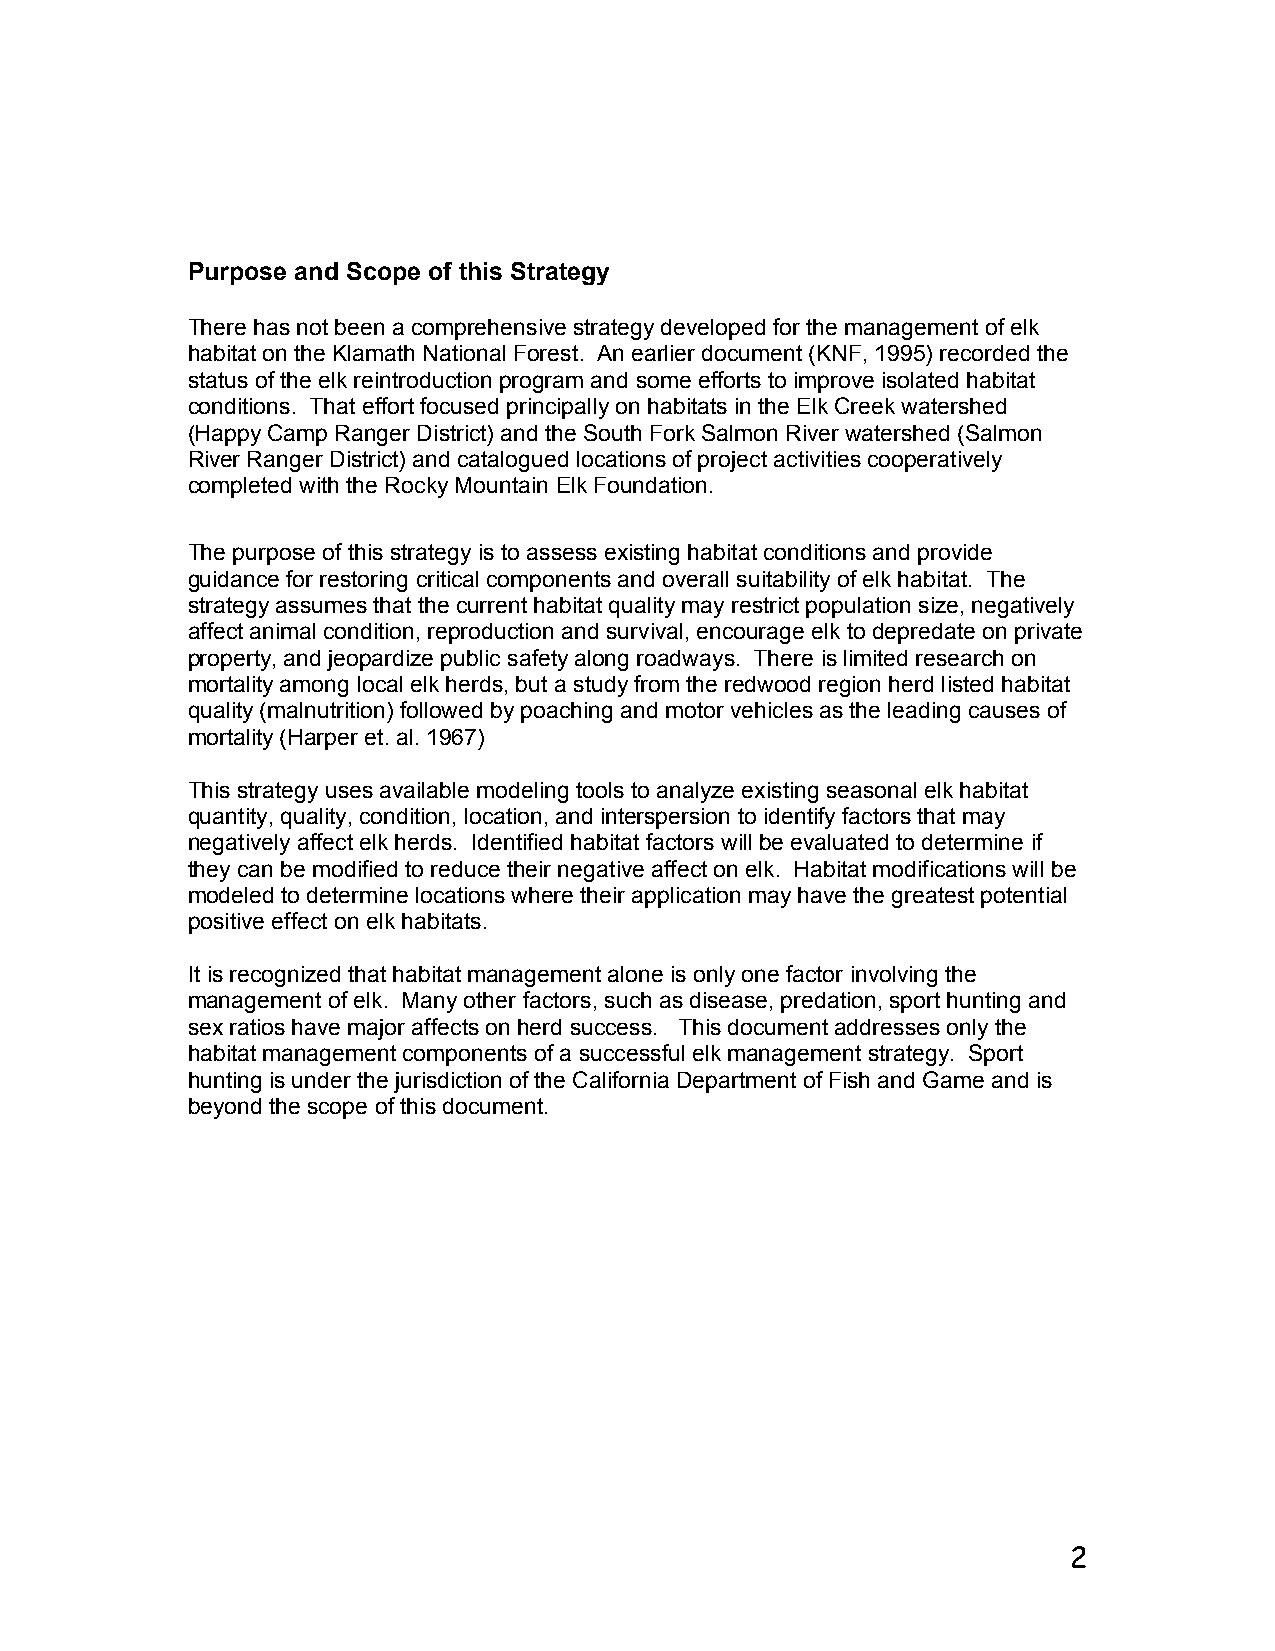
Purpose and Scope of this Strategy
 There has not been a comprehensive strategy developed for the management of elk
 habitat on the Klamath National Forest. An earlier document (KNF, 1995) recorded the
 status of the elk reintroduction program and some efforts to improve isolated habitat
 conditions. That effort focused principally on habitats in the Elk Creek watershed
 (Happy Camp Ranger District) and the South Fork Salmon River watershed (Salmon
 River Ranger District) and catalogued locations of project activities cooperatively
 completed with the Rocky Mountain Elk Foundation.
 The purpose of this strategy is to assess existing habitat conditions and provide
 guidance for restoring critical components and overall suitability of elk habitat. The
 strategy assumes that the current habitat quality may restrict population size, negatively
 affect animal condition, reproduction and survival, encourage elk to depredate on private
 property, and jeopardize public safety along roadways. There is limited research on
 mortality among local elk herds, but a study from the redwood region herd listed habitat
 quality (malnutrition) followed by poaching and motor vehicles as the leading causes of
 mortality (Harper et. al. 1967)
 This strategy uses available modeling tools to analyze existing seasonal elk habitat
 quantity, quality, condition, location, and interspersion to identify factors that may
 negatively affect elk herds. Identified habitat factors will be evaluated to determine if
 they can be modified to reduce their negative affect on elk. Habitat modifications will be
 modeled to determine locations where their application may have the greatest potential
 positive effect on elk habitats.
 It is recognized that habitat management alone is only one factor involving the
 management of elk. Many other factors, such as disease, predation, sport hunting and
 sex ratios have major affects on herd success. This document addresses only the
 habitat management components of a successful elk management strategy. Sport
 hunting is under the jurisdiction of the California Department of Fish and Game and is
 beyond the scope of this document.
 2